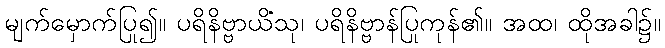
မျက်မှောက်ပြု၍။ ပရိနိဗ္ဗာယိံသု၊ ပရိနိဗ္ဗာန်ပြုကုန်၏။ အထ၊ ထိုအခါ၌။